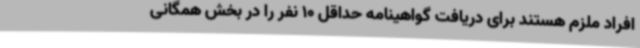
افراد ملزم هستند برای دریافت گواهینامه حداقل 10 نفر را در بخش همگانی